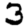
Digit: 3